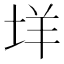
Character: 垟